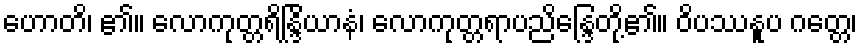
ဟောတိ၊ ၏။ လောကုတ္တရိန္ဒြိယာနံ၊ လောကုတ္တရာပညိန္ဒြေတို့၏။ ဝိပဿနူပ ဂတ္တေ၊